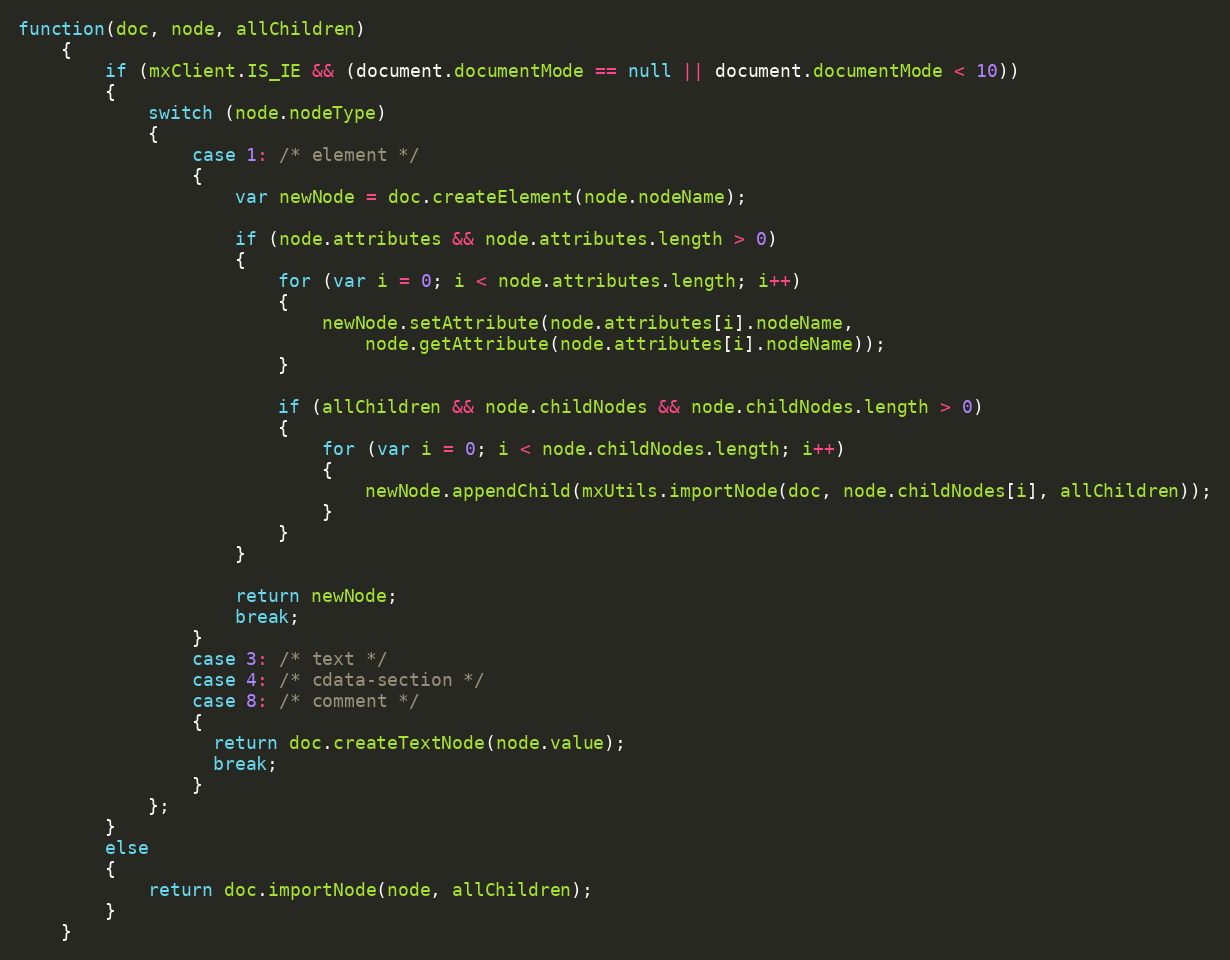
Language: JavaScript
function(doc, node, allChildren)
	{
		if (mxClient.IS_IE && (document.documentMode == null || document.documentMode < 10))
		{
			switch (node.nodeType)
			{
				case 1: /* element */
				{
					var newNode = doc.createElement(node.nodeName);

					if (node.attributes && node.attributes.length > 0)
					{
						for (var i = 0; i < node.attributes.length; i++)
						{
							newNode.setAttribute(node.attributes[i].nodeName,
								node.getAttribute(node.attributes[i].nodeName));
						}

						if (allChildren && node.childNodes && node.childNodes.length > 0)
						{
							for (var i = 0; i < node.childNodes.length; i++)
							{
								newNode.appendChild(mxUtils.importNode(doc, node.childNodes[i], allChildren));
							}
						}
					}

					return newNode;
					break;
				}
				case 3: /* text */
			    case 4: /* cdata-section */
			    case 8: /* comment */
			    {
			      return doc.createTextNode(node.value);
			      break;
			    }
			};
		}
		else
		{
			return doc.importNode(node, allChildren);
		}
	}